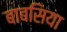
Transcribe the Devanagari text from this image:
बाबसिया